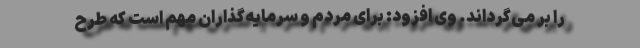
را بر می‌گرداند. وی افزود: برای مردم و سرمایه‌گذاران مهم است که طرح